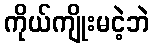
ကိုယ်ကျိုးမငဲ့ဘဲ